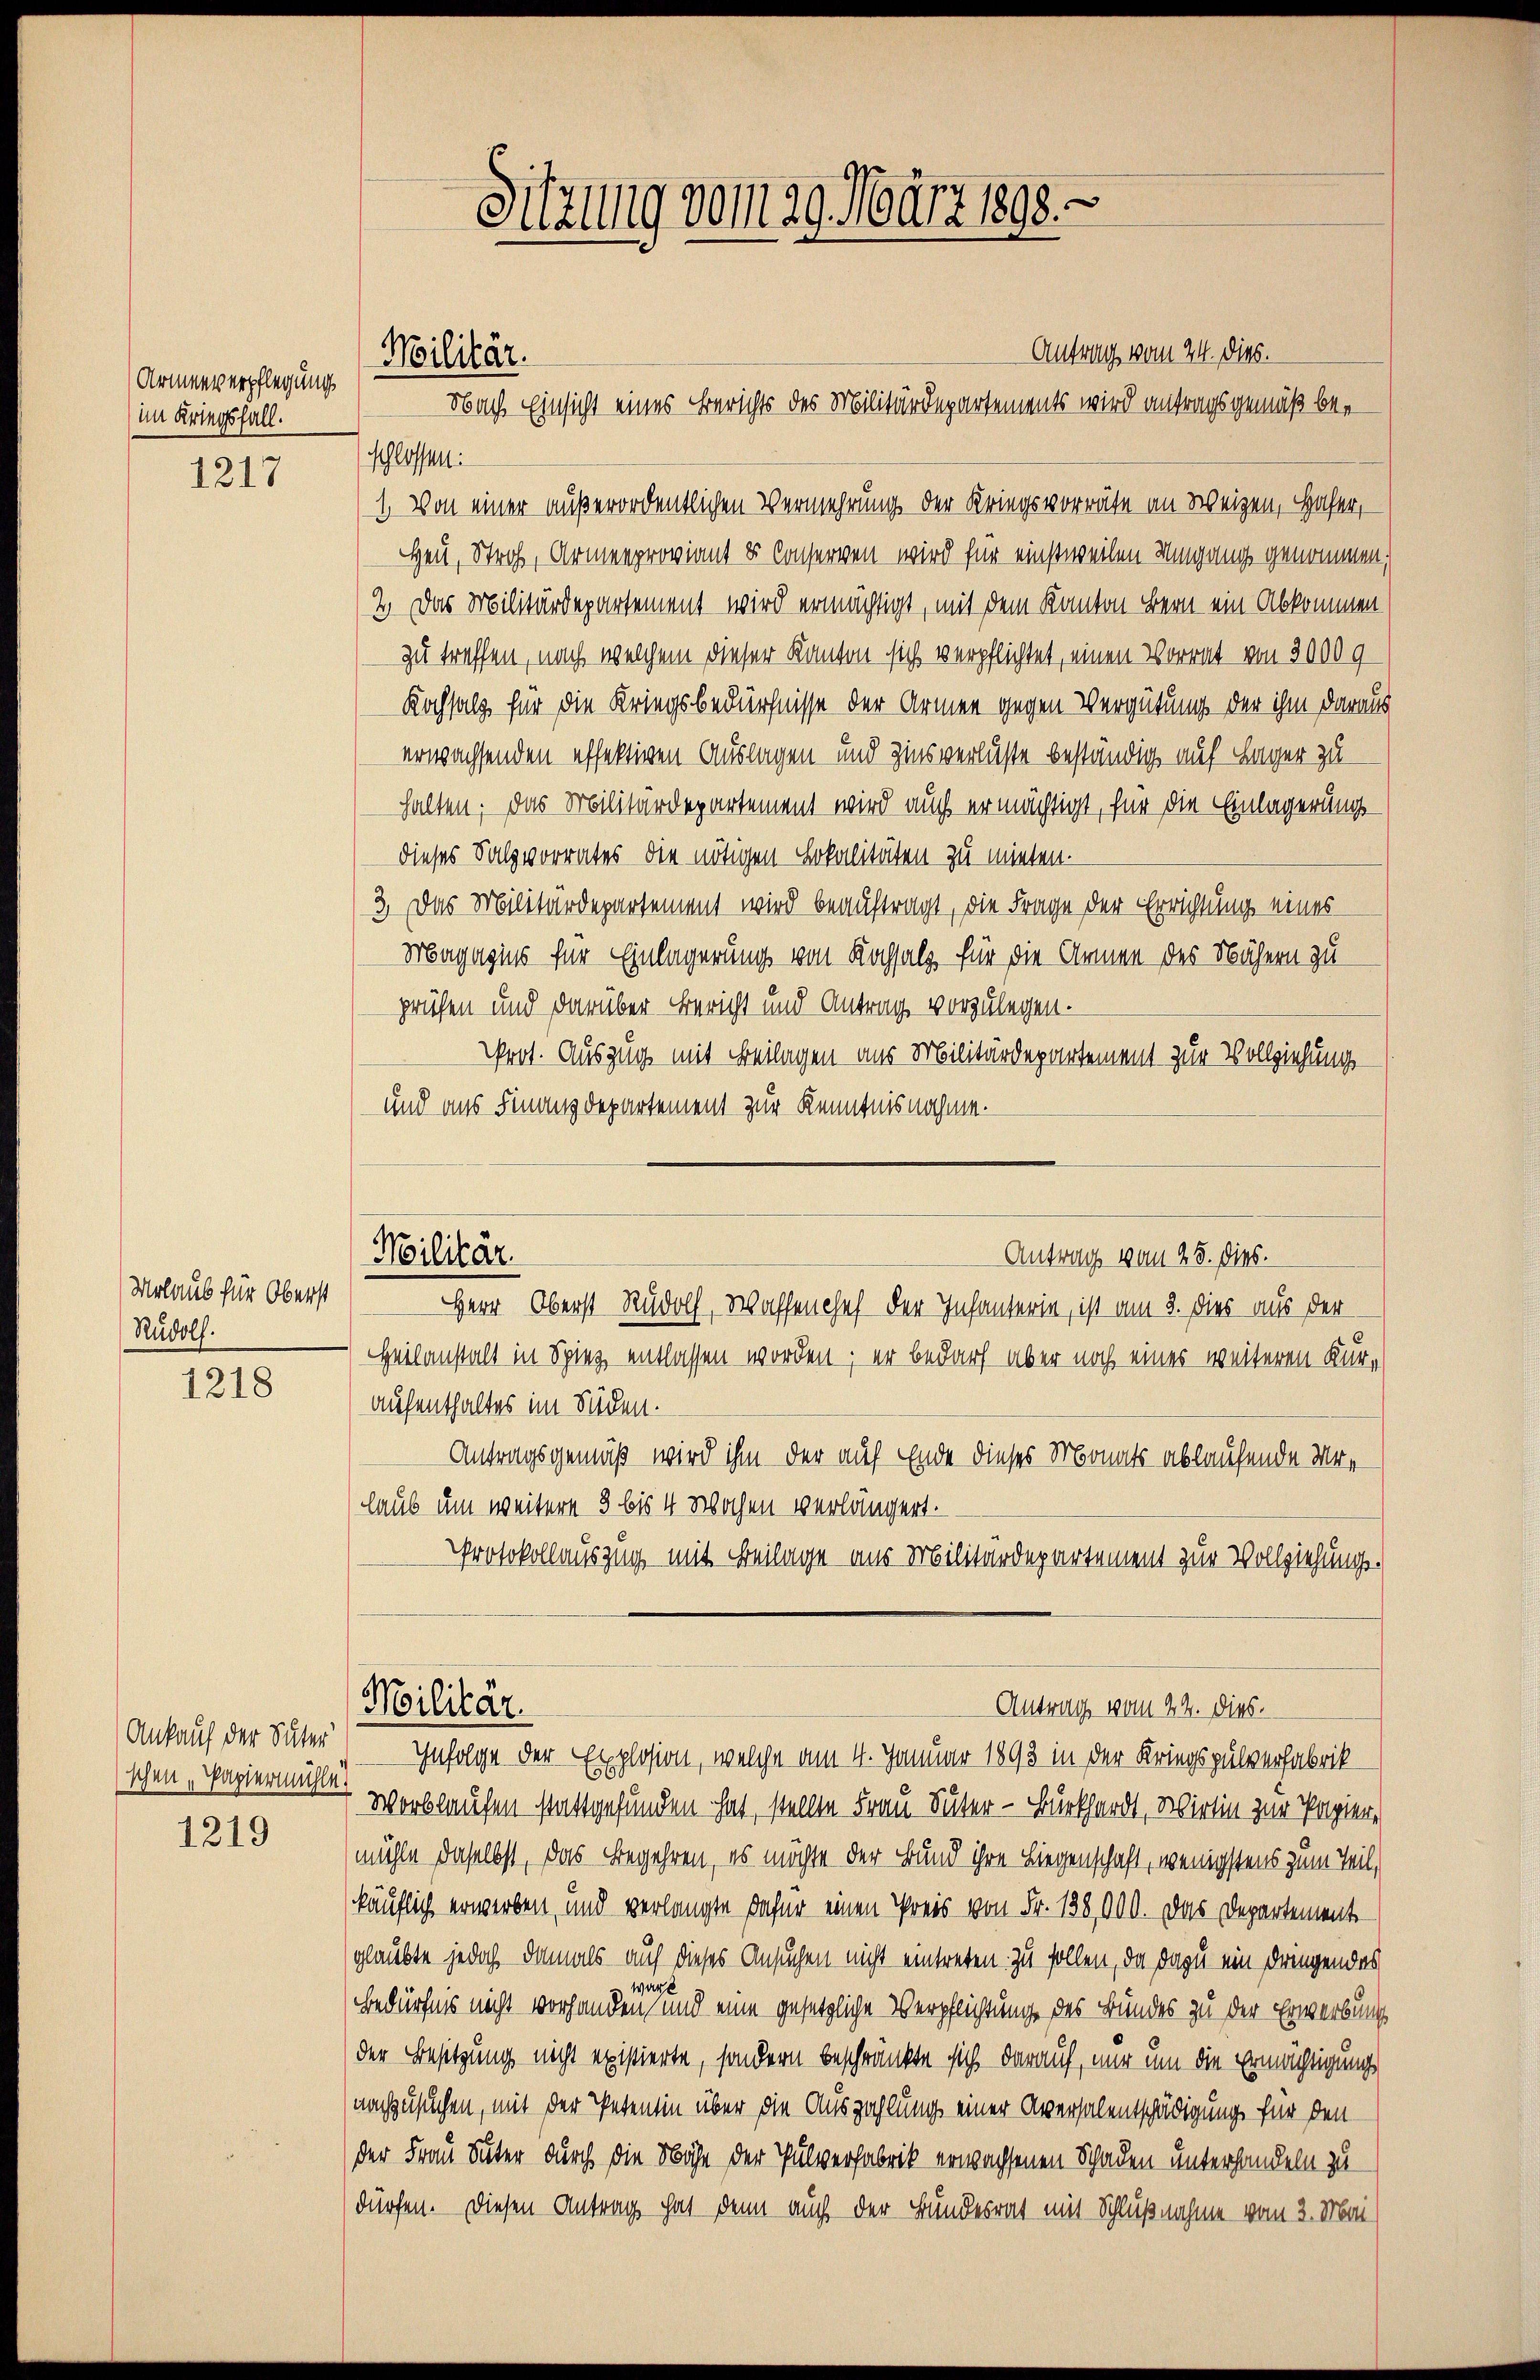
Armenverpflegung
(im Kriegsfall.

1217

Urlaub für Oberst
Rudolf.

1218

1219

Ankauf der Suter
schen Papiermühle.

Antrag vom 24. dies.
Nach Einsicht eines Berichts des Militärdepartements wird antragsgemäß bei
schlossen:
1. Von einer außerordentlichen Vermehrung der Kriegsvorräte an Weigen, Hafer,
Heu, Stroh, Armenproviant u Conserven wird für einstweilen Umgang genommen;
2. Das Militärdepartement wird ermächtigt, mit dem Kanton Bern ein Abkommen
zu treffen, nach welchem dieser Kanton sich verpflichtet, einen Vorrat von 3000 g
Kochsalz für die Kriegsbedürfnisse der Armen gegen Vergütung der ihm daraus
erwachsenden effektiven Auslagen und Zinsverlüste beständig auf Lager zu
halten; das Militärdepartement wird auch ermächtigt, für die Einlagerungsdieses Salzvorrates die nötigen Lokalitäten zu mieten.
3. Das Militärdepartement wird beauftragt, die Frage der Errichtung eines
Magazins für Einlagerung von Kochsalz für die Armen des Nähern zu
prüfen und darüber Bericht und Antrag vorzulegen
Prot. Auszug mit Beilagen aus Militärdepartement zur Vollziehung
und aus Finanzdepartement zur Kenntnisnahme.
Antrag von 25. dies.
Herr Oberst Rudol, Waffenchef der Infanterin, ist am 3. dies aus der
Heilanstalt in Spiez entlassen worden; er bedarf aber noch eines weiteren Kuraufenthaltes im Süden.
Antragsgemäß wird ihm der auf Ende dieses Monats ablaufende Morlaub um weitere 3 bis 4 Wochen verlängert.
Protokollauszug mit Beilage aus Militärdepartement zur Vollziehungs-
Militär.
Antrag vom 22. dies
Infolge der Explosion, welche am 4. Januar 1893 in der Kriegspulverfabrik
Worblaufen stattgefunden hat, stellen Frau Suter - Burkhardt, Wirtin zur Papier,
mühle daselbst, das Begehren, es möchte der Bund ihre Liegenschaft, wenigstens zum Teil,
käuflich erwerben, und verlangte dafür einen Preis von Fr. 138,000. Das Departemente
glaubte jedoch damals auf dieses Ansuchen nicht eintreten zu sollen, da dazu ein dringendes
ware
Bedürfnis nicht vorhanden, und eine gesetzliche Verpflichtung des Bundes zu der Erwerbungsder Besitzung nicht existierte, sondern beschränkte sich darauf, nur um die Ermächtigung
nachzusuchen, mit der Petentin über die Auszahlung einer Aversalentschädigung für den
der Frau Suter durch die Nähe der Pulverfabrik erwachsenen Schaden unterhandeln zu
dürfen. Diesen Antrag hat, denn auch der Bundesrat mit Schlußnahme vom 2. Mai

Militär.

Militär.

Sitzung vom 29. März 1898.